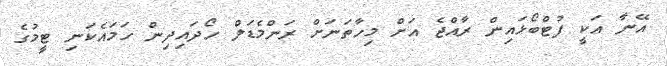
އޭނާ އަކީ ފުޓްބޯޅައިން ރާއްޖެ އަށް މިހާތަނަށް ރަންމެޑަލް ހޯދައިދިން ހަމައެކަނި ޓީމުގެ